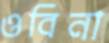
ওবিনা